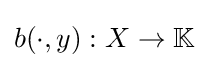
b(\cdot ,y):X\to \mathbb {K}